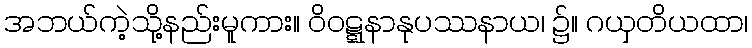
အဘယ်ကဲ့သို့နည်းမူကား။ ဝိဝဋ္ဋနာနုပဿနာယ၊ ၌။ ဂယှတိယထာ၊